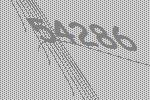
54286